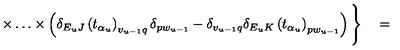
\times \ldots \times \left( \delta _ { E _ { u } J } \left( t _ { \alpha _ { u } } \right) _ { v _ { u - 1 } q } \delta _ { p w _ { u - 1 } } - \delta _ { v _ { u - 1 } q } \delta _ { E _ { u } K } \left( t _ { \alpha _ { u } } \right) _ { p w _ { u - 1 } } \right) \Bigg \} \quad =